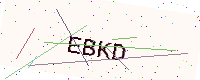
Text: EBKD